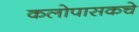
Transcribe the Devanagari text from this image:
कलोपासकचे